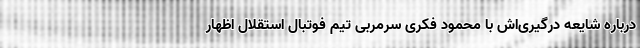
درباره شایعه درگیری‌اش با محمود فکری سرمربی تیم فوتبال استقلال اظهار